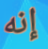
إنه